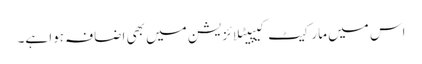
اس میں مارکیٹ کیپیٹلائزیشن میں بھی اضافہ ہوا ہے۔